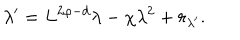
LaTeX: \lambda ^ { \prime } = L ^ { 2 \varphi - d } \lambda - \chi \lambda ^ { 2 } + r _ { \lambda ^ { \prime } } .